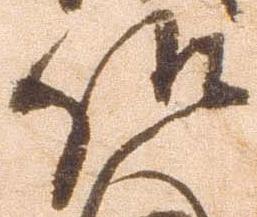
仰